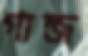
গান্জ